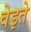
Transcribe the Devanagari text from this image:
वेइते